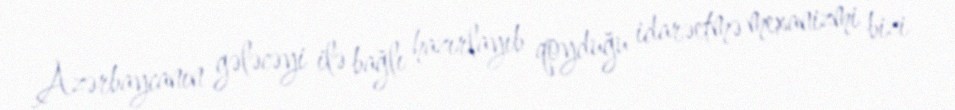
Azərbaycanın gələcəyi ilə bağlı hazırlayıb qoyduğu idarəetmə mexanizmi bizi